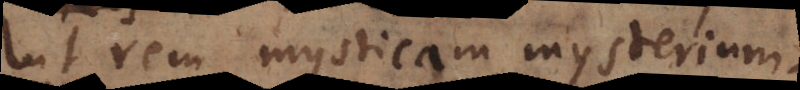
ut rem mysticam mysterium.